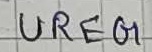
Text: UREG